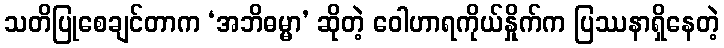
သတိပြုစေချင်တာက ‘အဘိဓမ္မာ’ ဆိုတဲ့ ဝေါဟာရကိုယ်နှိုက်က ပြဿနာရှိနေတဲ့